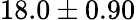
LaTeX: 18.0\pm 0.90